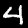
Digit: 4